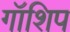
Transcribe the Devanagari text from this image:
गॉशिप